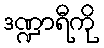
ဒဏ္ဍာရီကို